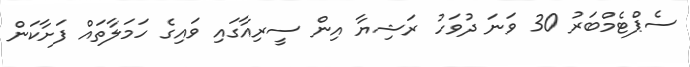
ސެޕްޓެމްބަރު 30 ވަނަ ދުވަހު ރަޝިޔާ އިން ސީރިއާގައި ވައިގެ ހަމަލާތައް ފަށާކަން